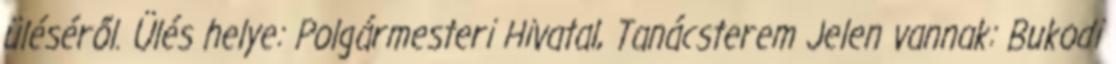
üléséről. Ülés helye: Polgármesteri Hivatal, Tanácsterem Jelen vannak: Bukodi